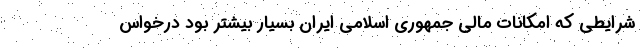
شرايطي كه امكانات مالي جمهوري اسلامي ايران بسيار بيشتر بود درخواس